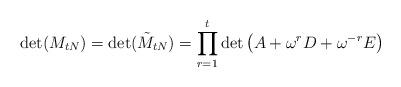
LaTeX: \begin{align*}\det(M_{tN}) = \det(\tilde{M}_{tN}) = \prod_{r=1}^{t} \det \left( A + \omega^r D + \omega^{-r} E \right)\end{align*}